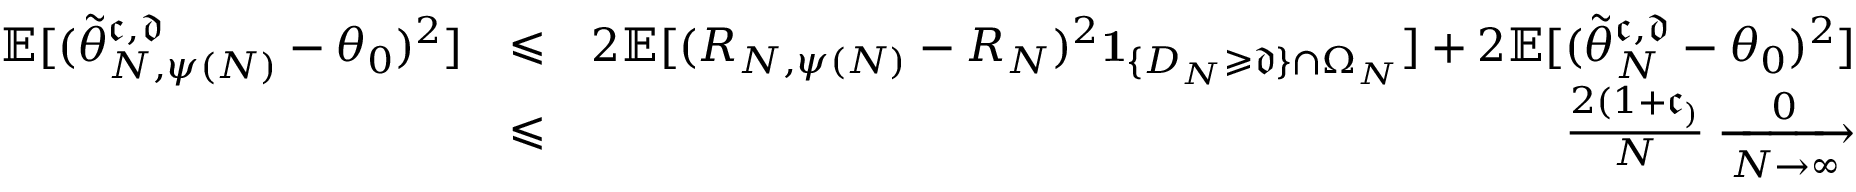
\begin{array} { r l r } { \mathbb E [ ( \widetilde \theta _ { N , \psi ( N ) } ^ { \mathfrak c , \mathfrak d } - \theta _ { 0 } ) ^ { 2 } ] } & { \leqslant } & { 2 \mathbb E [ ( R _ { N , \psi ( N ) } - R _ { N } ) ^ { 2 } \mathbf 1 _ { \{ D _ { N } \geqslant \mathfrak d \} \cap \Omega _ { N } } ] + 2 \mathbb E [ ( \widetilde \theta _ { N } ^ { \mathfrak c , \mathfrak d } - \theta _ { 0 } ) ^ { 2 } ] } \\ & { \leqslant } & { \frac { 2 ( 1 + \mathfrak c _ ) } { N } \xrightarrow [ N \rightarrow \infty ] 0 } \end{array}